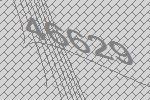
46629